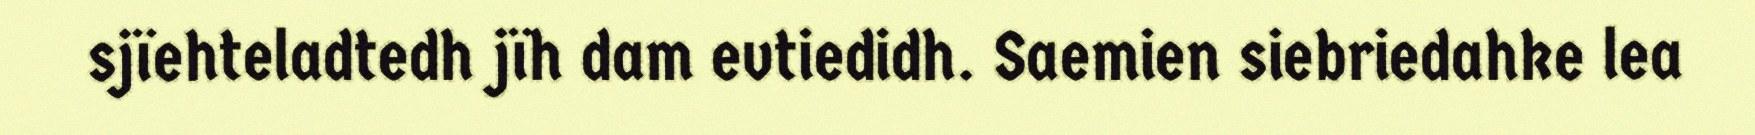
sjïehteladtedh jïh dam evtiedidh. Saemien siebriedahke lea